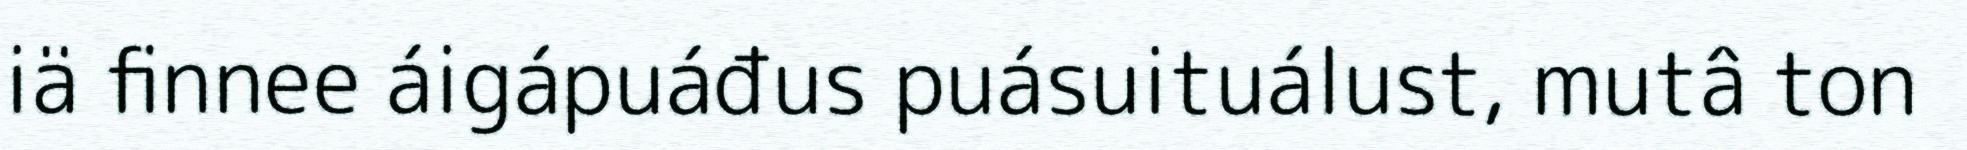
iä finnee áigápuáđus puásuituálust, mutâ ton